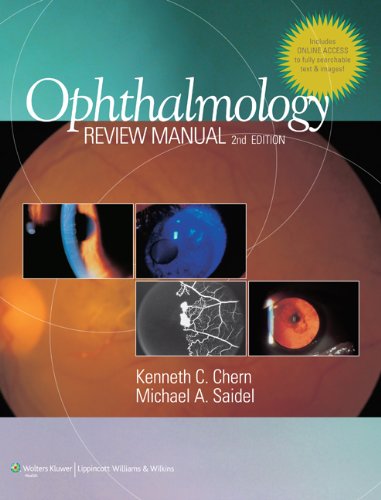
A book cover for Ophthalmology Review Manual; Kenneth C. Chern MD; Medical Books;